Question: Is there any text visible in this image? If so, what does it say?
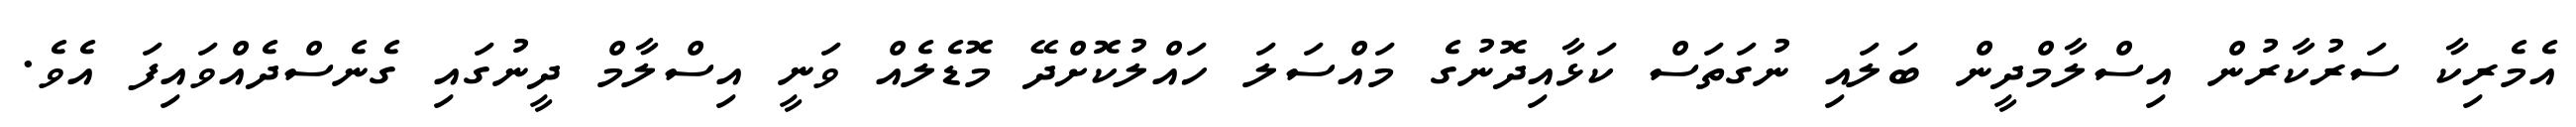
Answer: އެމެރިކާ ސަރުކާރުން އިސްލާމްދީން ބަލައި ނުގަތަސް ކަޅާއިދޮނުގެ މައްސަލަ ހައްލުކޮށްދޭ މޮޑެލެއް ވަނީ އިސްލާމް ދީނުގައި ގެނެސްދެއްވައިފަ އެވެ.